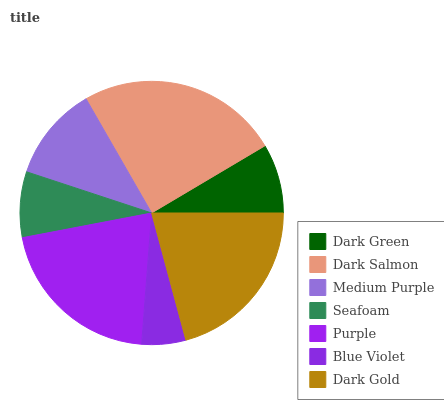
| Dark Green | Dark Salmon | Medium Purple | Seafoam | Purple | Blue Violet | Dark Gold |
 | --- | --- | --- | --- | --- | --- | --- |
 | 8.5% | 24.8% | 11.6% | 8.04% | 20.8% | 5.39% | 20.8% |